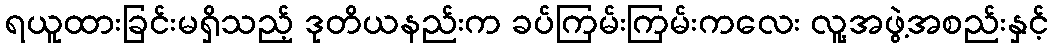
ရယူထားခြင်းမရှိသည့် ဒုတိယနည်းက ခပ်ကြမ်းကြမ်းကလေး လူ့အဖွဲ့အစည်းနှင့်